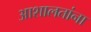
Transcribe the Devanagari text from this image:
आशालतांना